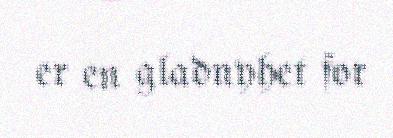
er en gladnyhet for